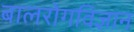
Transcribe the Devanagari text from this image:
बालरोगविज्ञान